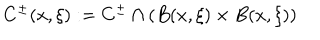
C ^ { \pm } ( x , \xi ) : = C ^ { \pm } \cap ( B ( x , \xi ) \times B ( x , \xi ) )